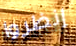
إنظروا